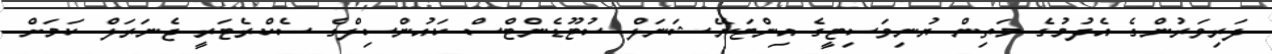
ދަރިވަރުންގެ އެދުމުގެ މަތިން ޔުނިވަސިޓީގެ އިންޓަނޭޝަނަލް ސުޓޫޑެންޓްސް ކައުންސިލްގެ ސެކްރެޓަރީ ޖެނަރަލް ކަމަށް